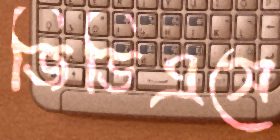
জিডিএসে